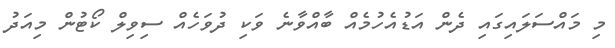
މި މައްސަލައިގައި ދެން އަަޑުއެހުމެއް ބާއްވާނެ ވަކި ދުވަހެއް ސިިވިލް ކޯޓުން މިއަދު